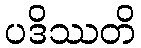
ပဒိဿတိ